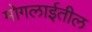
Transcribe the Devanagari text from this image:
मोगलाईतील